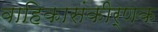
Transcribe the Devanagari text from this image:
वाहिकासंकीर्णक